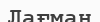
Лағман